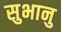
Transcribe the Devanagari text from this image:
सुभानु